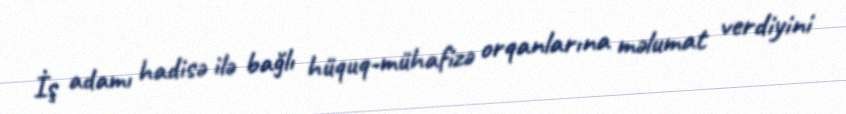
İş adamı hadisə ilə bağlı hüquq-mühafizə orqanlarına məlumat verdiyini